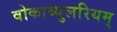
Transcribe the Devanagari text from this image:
वोकाब्युलरियम्